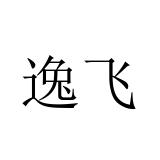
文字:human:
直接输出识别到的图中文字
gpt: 逸飞